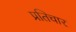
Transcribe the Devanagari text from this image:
प्रतिचार